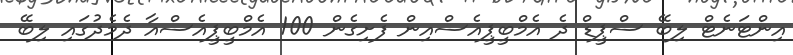
އިންޓަނެޓް ލިބޭ ސްޕީޑް ދެ އެމްބީޕީއެސްއިން ފެށިގެން 100 އެމްބީޕީއެސްއާ ދެމެދުގައި ލިބޭ